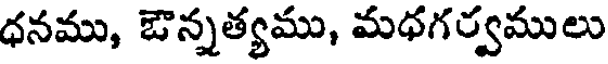
ధనము, జొన్నత్యము, మధగర్వములు